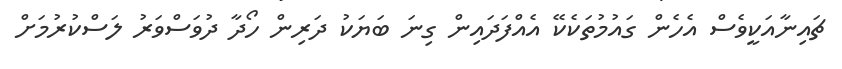
ޗައިނާއަކީވެސް އެހެން ގައުމުތަކެކޭ އެއްފަދައިން ގިނަ ބަޔަކު ދަރިން ހޯދާ ދުވަސްވަރު ލަސްކުރުމަށް